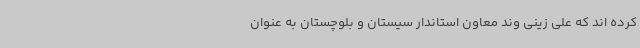
کرده اند که علی زینی وند معاون استاندار سیستان و بلوچستان به عنوان